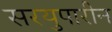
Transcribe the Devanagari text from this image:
सरयुपारीन